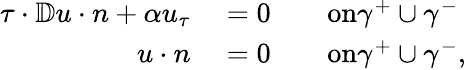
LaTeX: \begin{array}{rlrl}{\tau\cdot\mathbb{D}u\cdot n+\alpha u_{\tau}}&{{}=0}&{}&{{}\textnormal{on}\gamma^{+}\cup\gamma^{-}}\\ {u\cdot n}&{{}=0}&{}&{{}\textnormal{on}\gamma^{+}\cup\gamma^{-},}\end{array}